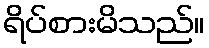
ရိပ်စားမိသည်။